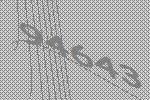
94643